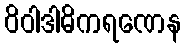
ဝိဝါဒါဓိကရဏေန